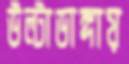
উল্টাডাঙ্গায়